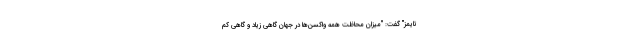
تایمز" گفت: "میزان محاظت همه واکسن‌ها در جهان گاهی زیاد و گاهی کم